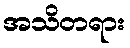
အသိတရား